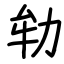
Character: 劺